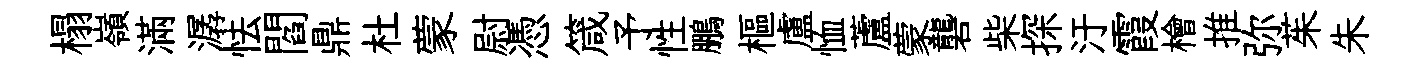
榻嶺滿潺怯閻鼎杜蒙尉憑箴予性鵬樞盧恤蘆蒙礱柴探汙霞檜推弥茱朱